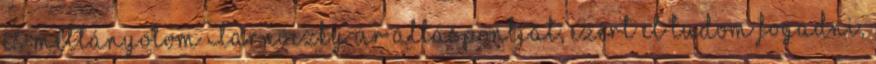
és méltányolom Tarnóczky úr álláspontját, ezért el tudom fogadni,